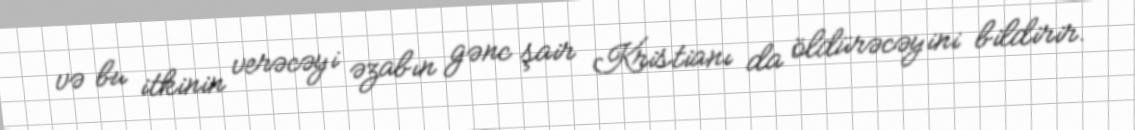
və bu itkinin verəcəyi əzabın gənc şair Kristianı da öldürəcəyini bildirir.